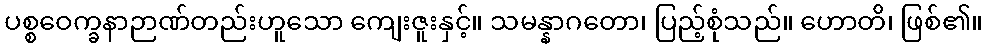
ပစ္စဝေက္ခနာဉာဏ်တည်းဟူသော ကျေးဇူးနှင့်။ သမန္နာဂတော၊ ပြည့်စုံသည်။ ဟောတိ၊ ဖြစ်၏။